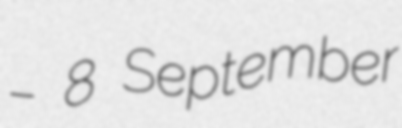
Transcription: – 8 September